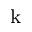
_ \mathrm { k }